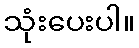
သုံးပေးပါ။